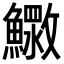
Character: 𮬓